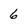
Character: 6